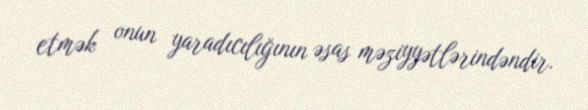
etmək onun yaradıcılığının əsas məziyyətlərindəndir.